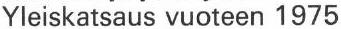
Yleiskatsaus vuoteen 1975